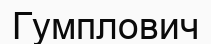
Гумплович